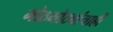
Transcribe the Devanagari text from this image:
मोठमोठ्यांचाही